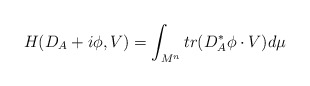
\begin{align*}H(D_A+i\phi,V)=\int_{M^n}tr(D^*_A\phi\cdot V)d\mu\end{align*}